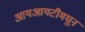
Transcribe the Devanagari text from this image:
आयआयटीमधून